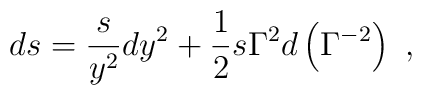
ds={s\over y^2}dy^2+{1\over 2}s\Gamma^2 d\left(\Gamma^{-2}\right)\ ,